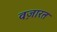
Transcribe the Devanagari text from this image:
वज़ारत